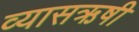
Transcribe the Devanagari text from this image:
व्यासऋषी